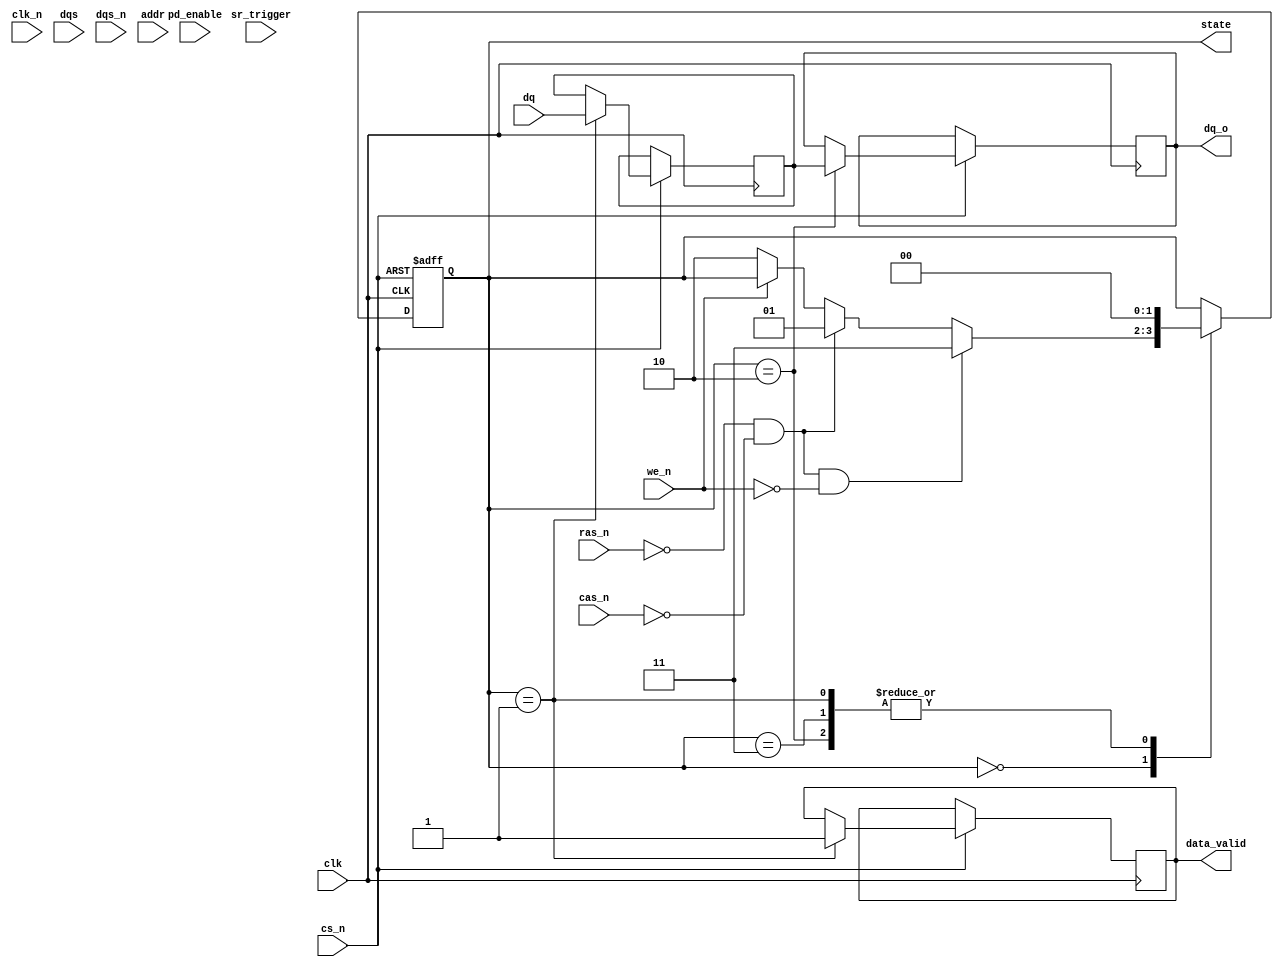
module ddr_sdram_io_block (
    input wire clk,        // Clock signal
    input wire clk_n,      // Inverted clock signal
    input wire [15:0] dq,   // Bidirectional data lines (16 bits)
    input wire dqs,       // Data Strobe signal
    input wire dqs_n,     // Inverted Data Strobe signal
    input wire cs_n,      // Chip Select (active low)
    input wire ras_n,     // Row Address Strobe (active low)
    input wire cas_n,     // Column Address Strobe (active low)
    input wire we_n,      // Write Enable (active low)
    input wire [12:0] addr, // Address lines (12 bits)
    input wire pd_enable,  // Power Down Enable
    input wire sr_trigger,  // Self Refresh Trigger
    output reg [15:0] dq_o, // Output data
    output reg data_valid, // Data valid signal
    output reg [1:0] state // State of the state machine
);

// State encoding
localparam IDLE = 2'b00;
localparam READ = 2'b01;
localparam WRITE = 2'b10;
localparam REFRESH = 2'b11;

reg [15:0] dq_i; // Input data buffer

always @(posedge clk or negedge cs_n) begin
    if (!cs_n) begin
        state <= IDLE; // Reset state to IDLE
    end else begin
        case (state)
            IDLE: begin
                if (!ras_n && !cas_n && !we_n) begin
                    state <= REFRESH; // Enter refresh state
                end else if (!ras_n && !cas_n) begin
                    state <= READ; // Read command
                end else if (!we_n) begin
                    state <= WRITE; // Write command
                end
            end
            
            READ: begin
                // Sample data on DQ lines
                dq_i <= dq;
                data_valid <= 1'b1; // Data is valid
                state <= IDLE; // Return to IDLE
            end
            
            WRITE: begin
                // Drive data on DQ lines
                dq_o <= dq_i; // Output the input data
                state <= IDLE; // Return to IDLE
            end
            
            REFRESH: begin
                // Perform refresh operation
                state <= IDLE; // Return to IDLE
            end
            
            default: state <= IDLE; // Default case
        endcase
    end
end

// Data Strobe Logic
always @(posedge clk or negedge cs_n) begin
    if (!cs_n) begin
        // Reset logic for DQS
    end else begin
        // Generate DQS signal based on state
        if (state == READ || state == WRITE) begin
            // Logic to generate DQS and DQS#
        end
    end
end

// Handle power management
always @(posedge clk) begin
    if (pd_enable) begin
        // Logic to enter low power state
    end
end

endmodule